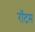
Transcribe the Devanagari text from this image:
रॉटम